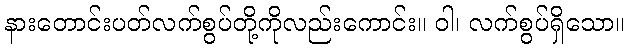
နားတောင်းပတ်လက်စွပ်တို့ကိုလည်းကောင်း။ ဝါ၊ လက်စွပ်ရှိသော။